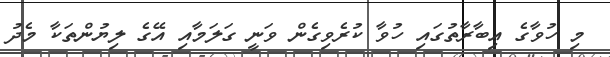
މި ހުވާގެ ޢިބާރާތުގައި ހުވާ ކުރެވިގެން ވަނީ ގަލަމާއި އޭގެ ލިޔުންތަކާ މެދު